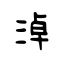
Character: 淖